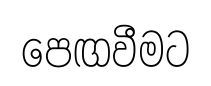
පෙඟවීමට